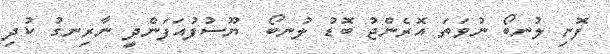
ފޮނި ލުނބޯ ނުވަތަ އޮރެންޖު ބޮޑު ލުނބޯ  ޔޫސުފުއަފަންދީ ނާރިނގު ކުދި